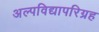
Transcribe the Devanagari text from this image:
अल्पविद्यापरिग्रह